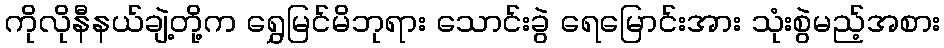
ကိုလိုနီနယ်ချဲ့တို့က ရွှေမြင်မိဘုရား သောင်းခွဲ ရေမြောင်းအား သုံးစွဲမည့်အစား